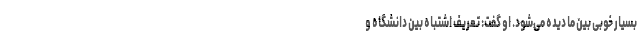
بسیار خوبی بین ما دیده می‌شود. او گفت: تعریف اشتباه بین دانشگاه و